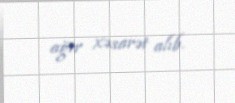
ağır xəsarət alıb.